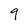
Character: 9